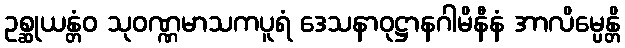
ဥစ္ဆုယန္တံဝ သုဝဏ္ဏမာသကပူရံ ဒေသနာဝုဋ္ဌာနဂါမိနီနံ အာလိမ္ပေန္တိ